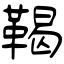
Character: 鞨